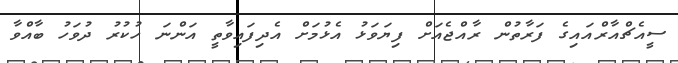
ސީއެޗްއާރްއައިގެ ފަރާތުން ރާއްޖެއަށް ފިޔަވަޅު އެޅުމަށް އެދިފައިވާތީ އަންނަ ހުކުރު ދުވަހު ބާއްވާ